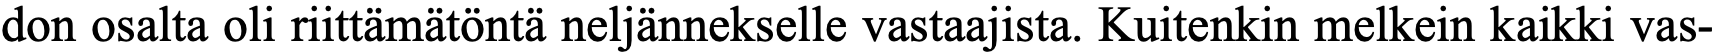
don osalta oli riittämätöntä neljännekselle vastaajista. Kuitenkin melkein kaikki vas-